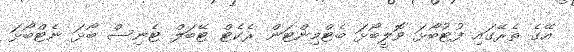
އޭގެ ތެރޭގައި ފުޓުބޯޅަ ވޮލީބޯޅަ ބެޓްމިންޓަން ރެކެޓް ޓޭބަލް ޓެނިސް ބޯޅަ ނެޓްބޯޅަ